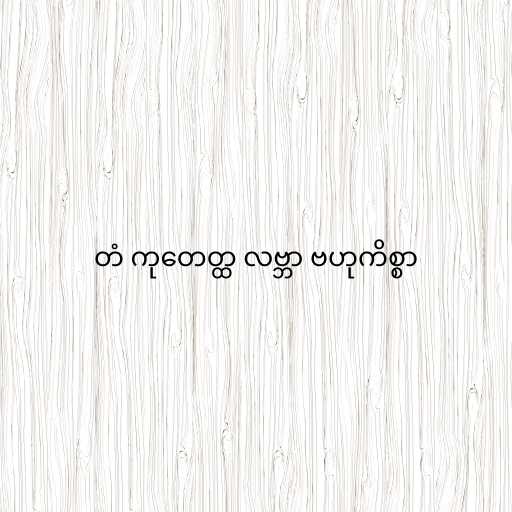
တံ ကုတေတ္ထ လဗ္ဘာ ဗဟုကိစ္စာ